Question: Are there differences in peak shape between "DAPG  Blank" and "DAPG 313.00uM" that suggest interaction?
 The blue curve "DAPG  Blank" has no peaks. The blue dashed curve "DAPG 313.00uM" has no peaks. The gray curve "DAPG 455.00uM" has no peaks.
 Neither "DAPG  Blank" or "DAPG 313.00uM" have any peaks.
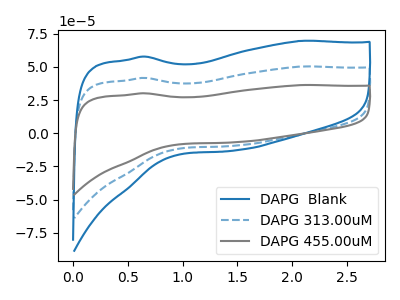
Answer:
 <answer>No, "DAPG  Blank" and "DAPG 313.00uM" don't appear to be significantly different in shape</answer>
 <eval>no_change</eval>